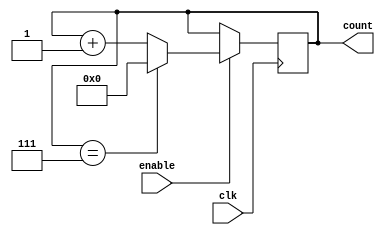
module ModuloN_Up_Counter_with_Enable (
    input wire clk,
    input wire enable,
    output reg [N-1:0] count
);

parameter N = 8; // define the modulo value for the counter

always @(posedge clk) begin
    if (enable) begin
        if (count == N-1) begin
            count <= 0;
        end else begin
            count <= count + 1;
        end
    end
end

endmodule